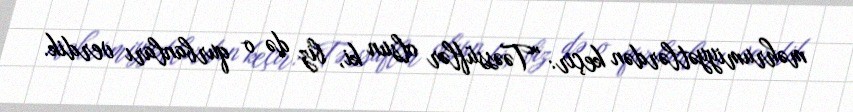
məhrumiyyətlərdən keçir: "Təəssüflər olsun ki, biz də o qurbanları verdik.